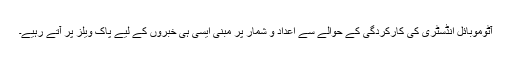
آٹوموبائل انڈسٹری کی کارکردگی کے حوالے سے اعداد و شمار پر مبنی ایسی ہی خبروں کے لیے پاک ویلز پر آتے رہیے۔